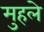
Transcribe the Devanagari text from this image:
मुहले